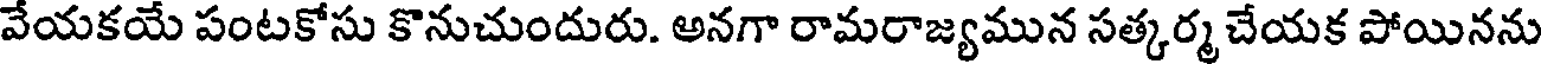
వేయకయే పంటకోసు కొనుచుందురు. అనగా రామరాజ్యమున సత్కర్మ చేయక పోయినను